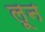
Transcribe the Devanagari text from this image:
लून